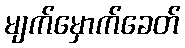
မျက်မှောက်ခေတ်